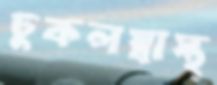
ঢুকলস্বাস্থ্